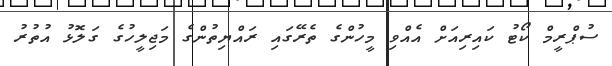
ސުޕްރީމް ކޯޓު ކައިރިއަށް އެއްވި މީހުންގެ ތެރޭގައި ރައްޔިތުންގެ މަޖިލީހުގެ ގަލޮޅު އުތުރު